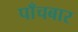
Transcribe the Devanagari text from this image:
पाँचबार